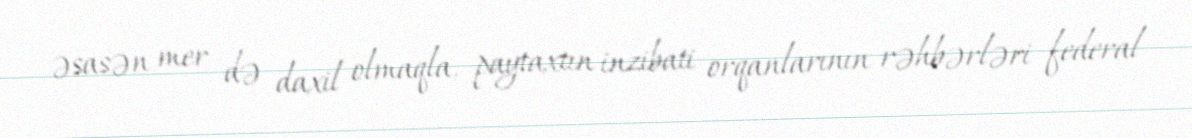
əsasən mer də daxil olmaqla, paytaxtın inzibati orqanlarının rəhbərləri federal